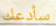
سأدعك